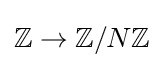
\mathbb {Z} \to \mathbb {Z} /N\mathbb {Z}